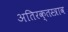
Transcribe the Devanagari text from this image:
अतिरक्तस्त्राव